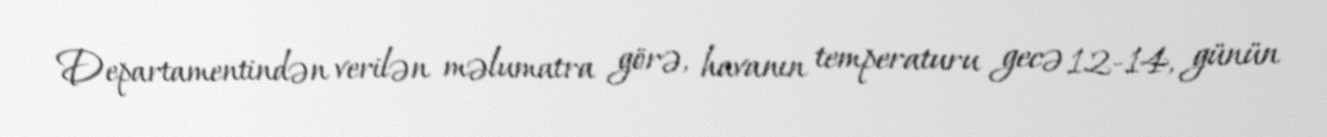
Departamentindən verilən məlumatra görə, havanın temperaturu gecə 12-14, günün